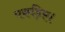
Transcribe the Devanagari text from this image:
पकड़िए।